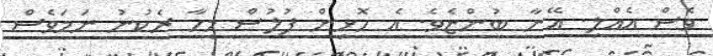
ވެސް އެއްލި. އޭނާ ބުންޏެވެ. އެ ހޮޅިން ފުލުސް މީހާ ރެކުނު ނަމަވެސް